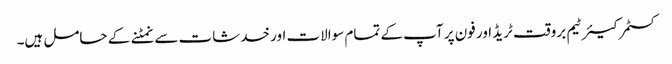
کسٹمر کیئر ٹیم بروقت ٹریڈ اور فون پر آپ کے تمام سوالات اور خدشات سے نمٹنے کے حامل ہیں۔